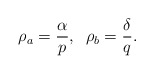
\begin{align*} \rho_a=\frac{\alpha}{p},\;\; \rho_b=\frac{\delta}{q}.\end{align*}